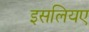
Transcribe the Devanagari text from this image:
इसलियए